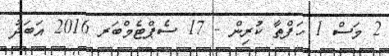
2 މަސް 1 ހަފްތާ ކުރިން - 17 ސެޕްޓެމްބަރ 2016 އަބަދު